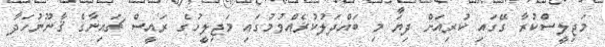
މަޖިލީސްކުރާ ގޭގައި ކުރިއަށް ދިޔަ މި ބައްދަލުކުރެއްވުމުގައި މަޖިލީހުގެ ރައީސް ޗައިނާގެ ޤާނޫނުހަދާ